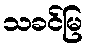
သခင်မြ